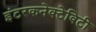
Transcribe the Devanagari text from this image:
इंटरकनेक्टेविटी